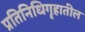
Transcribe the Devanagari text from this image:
प्रतिनिधिगॄहातील